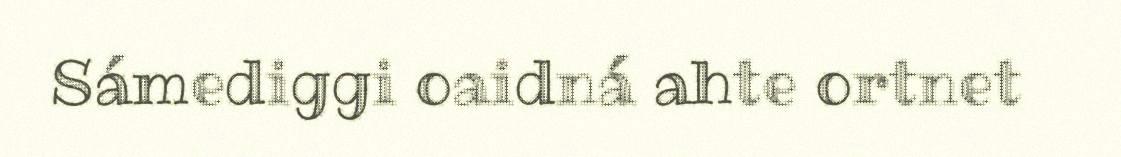
Sámediggi oaidná ahte ortnet